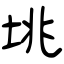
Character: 垗